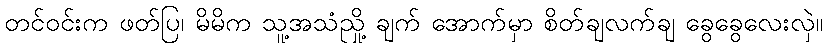
တင်ဝင်းက ဖတ်ပြ၊ မိမိက သူ့အသံညှို့ ချက် အောက်မှာ စိတ်ချလက်ချ ခွေခွေလေးလှဲ။